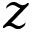
z